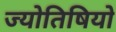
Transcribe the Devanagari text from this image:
ज्योतिषियो